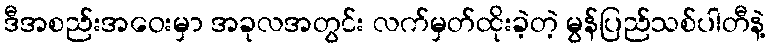
ဒီအစည်းအဝေးမှာ အခုလအတွင်း လက်မှတ်ထိုးခဲ့တဲ့ မွန်ပြည်သစ်ပါတီနဲ့